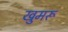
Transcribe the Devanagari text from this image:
खुमरू